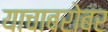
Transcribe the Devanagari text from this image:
याचाबरोबर